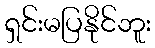
ရှင်းမပြနိုင်ဘူး